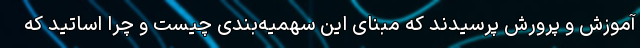
آموزش و پرورش پرسیدند که مبنای این سهمیه‌بندی چیست و چرا اساتید که